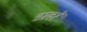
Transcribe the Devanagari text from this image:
डावरे